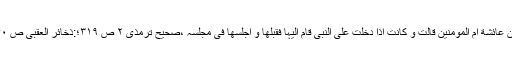
عن عائشة ام المومنین قالت و کانت اذا دخلت علی النبی قام الیہا فقبلھا و اجلسھا فی مجلسہ ،صحیح ترمذی ٢ ص ٣١٩؛:ذخائر العقبیٰ ص ۴۰۔